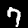
Label: 7